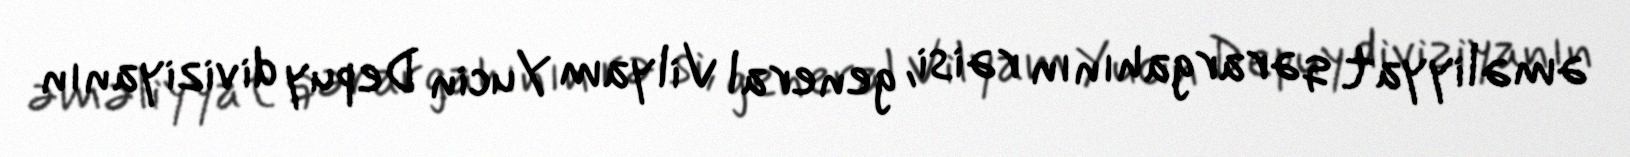
əməliyyat qərargahının rəisi, general Vilyam Yucin Depuy diviziyanın